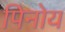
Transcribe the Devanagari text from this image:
पिनोय